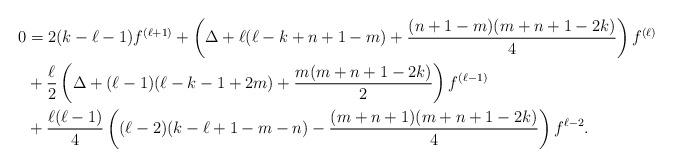
LaTeX: \begin{align*}0 & = 2(k-\ell-1)f^{(\ell+1)} + \left(\Delta + \ell(\ell-k+n+1-m) + \frac{(n+1-m)(m+n+1-2k)}{4}\right)f^{(\ell)} \\& + \frac{\ell}{2}\left(\Delta + (\ell-1)(\ell-k-1+2m) + \frac{m(m+n+1-2k)}{2}\right)f^{(\ell-1)} \\& + \frac{\ell(\ell-1)}{4}\left((\ell-2)(k-\ell+1-m-n) - \frac{(m+n+1)(m+n+1-2k)}{4}\right)f^{\ell-2} .\end{align*}